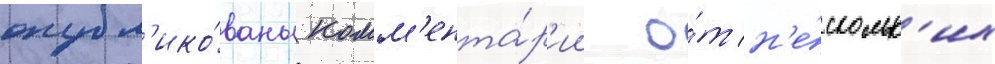
опубл'ико́ваны комм'ента́р'ии о́т н'е́скольк'их